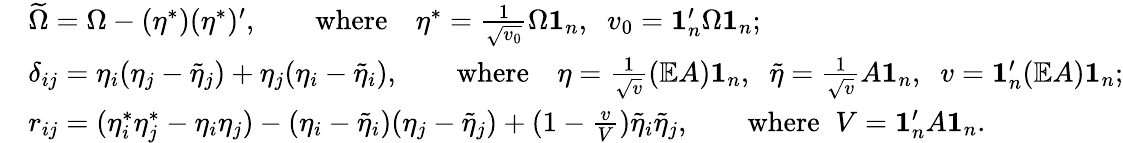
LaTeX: \begin{array}{rl}&{\widetilde{\Omega}=\Omega-(\eta^{*})(\eta^{*})^{\prime},\qquad\mathrm{where}\quad\eta^{*}=\frac{1}{\sqrt{v_{0}}}\Omega{\mathbf 1}_{n},\; \; v_{0}={\mathbf 1}_{n}^{\prime}\Omega{\mathbf 1}_{n};}\\ &{\delta_{ij}=\eta_{i}(\eta_{j}-\tilde{\eta}_{j})+\eta_{j}(\eta_{i}-\tilde{\eta}_{i}),\qquad\mathrm{where}\quad\eta=\frac{1}{\sqrt{v}}(\mathbb{E}A){\mathbf 1}_{n},\; \; \tilde{\eta}=\frac{1}{\sqrt{v}}A{\mathbf 1}_{n},\; \; v={\mathbf 1}_{n}^{\prime}(\mathbb{E}A){\mathbf 1}_{n};}\\ &{r_{ij}=(\eta_{i}^{*}\eta_{j}^{*}-\eta_{i}\eta_{j})-(\eta_{i}-\tilde{\eta}_{i})(\eta_{j}-\tilde{\eta}_{j})+(1-\frac{v}{V})\tilde{\eta}_{i}\tilde{\eta}_{j},\qquad\mathrm{where}\; \; V={\mathbf 1}_{n}^{\prime}A{\mathbf 1}_{n}.}\end{array}